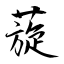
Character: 蔙